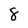
Character: 8